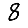
Digit: 8